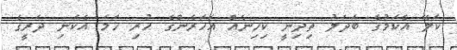
ކަލޭ އެކަމުގެ ބަދަލު ތިދިނީ ކިހިނެއް އަހަރެންގެ ހުރި ހަމަ އެކަނި ދަރީގެ